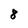
Character: 8